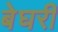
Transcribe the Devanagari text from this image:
बेघरी